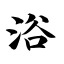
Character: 浴